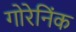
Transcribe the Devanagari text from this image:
गोरेनिंक